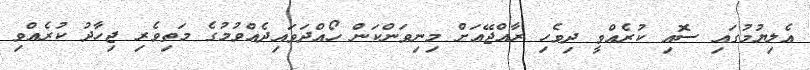
އެލިޔުމުގައި ސޮއި ކުރެއްވީ ދިވެހި ރާއްޖޭއަށް މިނިވަންކަން ހޯއްދަވައިދެއްވުމުގެ މަތިވެރި ޖިހާދު ކުރެއްވި